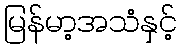
မြန်မာ့အသံနှင့်